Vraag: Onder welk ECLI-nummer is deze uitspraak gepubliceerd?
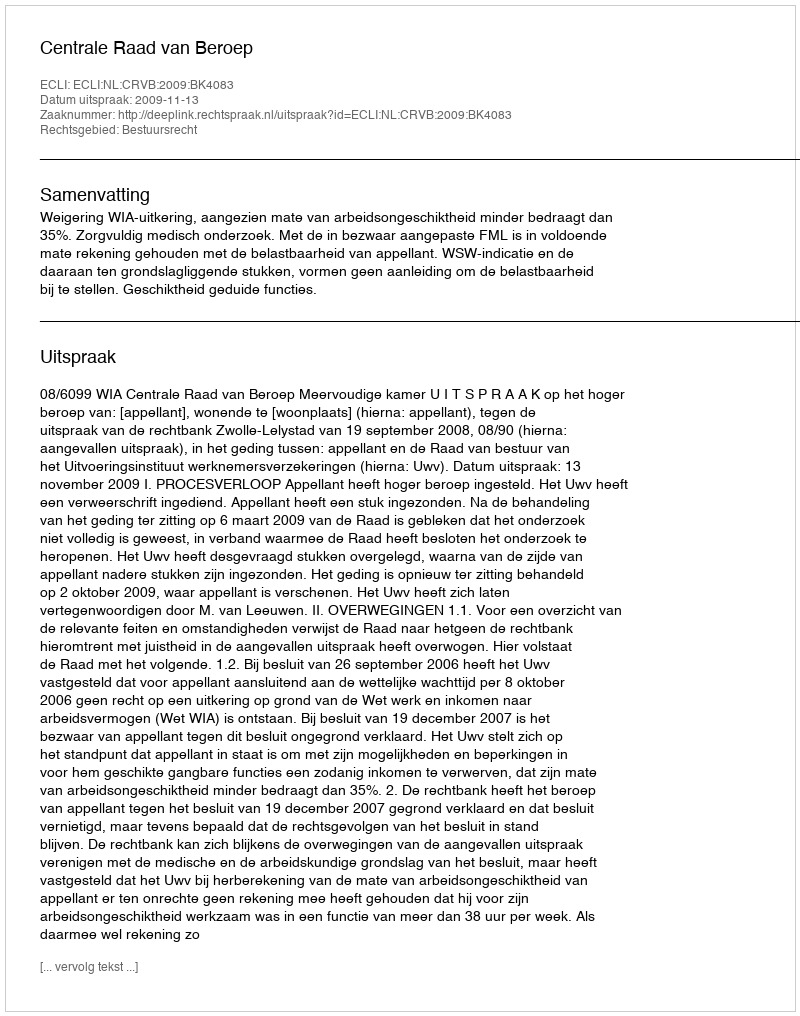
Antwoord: ECLI:NL:CRVB:2009:BK4083